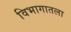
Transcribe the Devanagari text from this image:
विभागातला